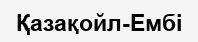
Қазақойл-Ембі